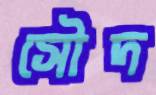
সৌদ